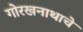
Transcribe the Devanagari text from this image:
गोरखनाथाचे